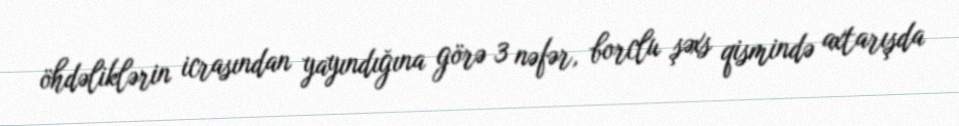
öhdəliklərin icrasından yayındığına görə 3 nəfər, borclu şəxs qismində axtarışda